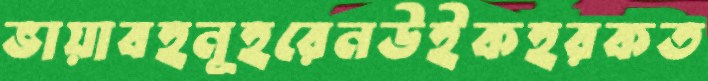
ভায়াবহনূহরেনউইকহরকত